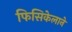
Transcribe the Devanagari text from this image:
फिसिकेलाने